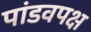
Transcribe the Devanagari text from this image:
पांडवपक्ष